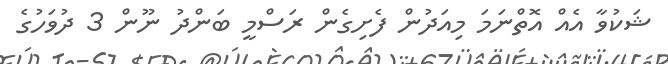
ޝަކުވާ އެއް އޮތްނަމަ މިއަދުން ފެށިގެން ރަސްމީ ބަންދު ނޫން 3 ދުވަހުގެ